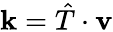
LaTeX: \mathbf{k}=\hat{T}\cdot\mathbf{v}